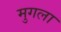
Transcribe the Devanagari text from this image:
मुगला